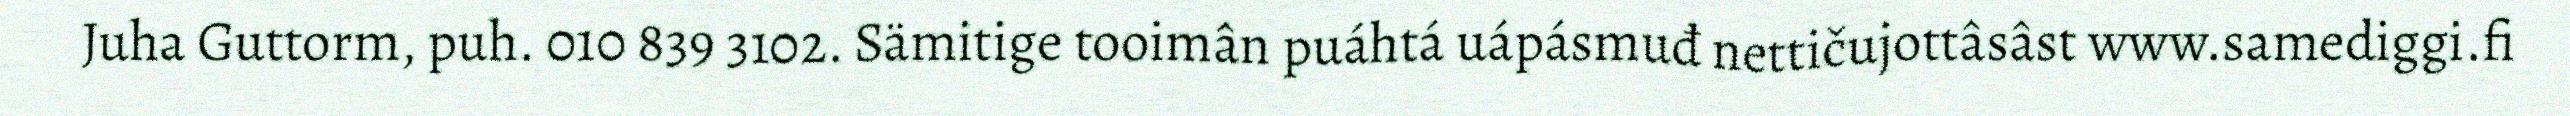
Juha Guttorm, puh. 010 839 3102. Sämitige tooimân puáhtá uápásmuđ nettičujottâsâst www.samediggi.fi